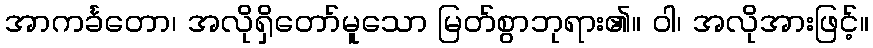
အာကင်္ခတော၊ အလိုရှိတော်မူသော မြတ်စွာဘုရား၏။ ဝါ၊ အလိုအားဖြင့်။